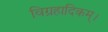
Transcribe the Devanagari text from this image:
विग्रहादिकम्।